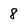
Character: 8